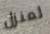
لمنزل